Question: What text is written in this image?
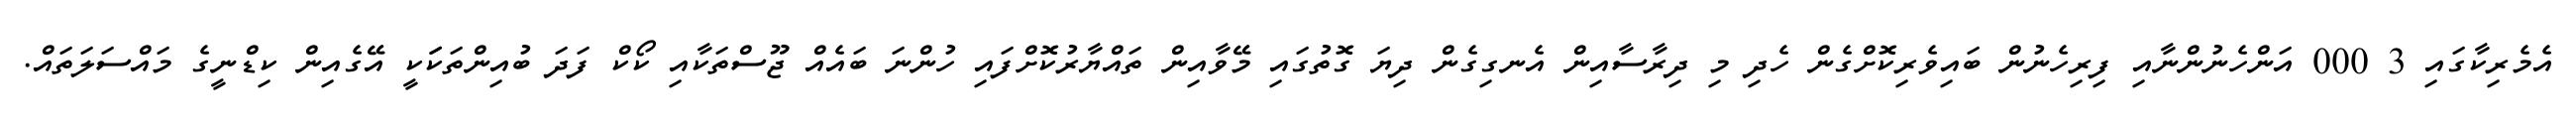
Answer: އެމެރިކާގައި 3 000 އަންހެނުންނާއި ފިރިހެނުން ބައިވެރިކޮށްގެން ހެދި މި ދިރާސާއިން އެނގިގެން ދިޔަ ގޮތުގައި މޭވާއިން ތައްޔާރުކޮށްފައި ހުންނަ ބައެއް ޖޫސްތަކާއި ކޯކް ފަދަ ބުއިންތަކަަކީ އޭގެއިން ކިޑްނީގެ މައްސަލަތައް.